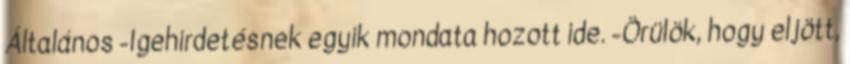
Általános -Igehirdetésnek egyik mondata hozott ide. -Örülök, hogy eljött,